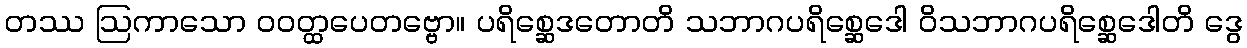
တဿ ဩကာသော ဝဝတ္ထပေတဗ္ဗော။ ပရိစ္ဆေဒတောတိ သဘာဂပရိစ္ဆေဒေါ ဝိသဘာဂပရိစ္ဆေဒေါတိ ဒွေ